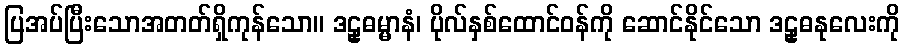
ပြအပ်ပြီးသောအတတ်ရှိကုန်သော။ ဒဠှဓမ္မာနံ၊ ပိုလ်နှစ်ထောင်ဝန်ကို ဆောင်နိုင်သော ဒဠှဓနုလေးကို